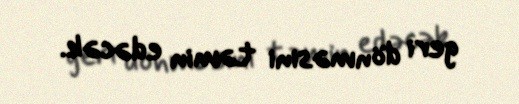
geri dönməsini təmin edəcək.